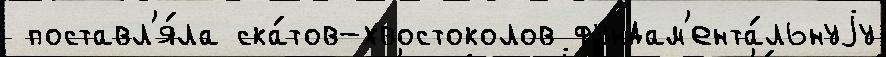
 поставл'я́ла ска́тов-хвостоколов фундам'ента́льнуjу